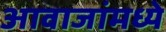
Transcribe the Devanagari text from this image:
आवाजांमध्ये